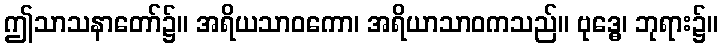
ဤသာသနာတော်၌။ အရိယသာဝကော၊ အရိယာသာဝကသည်။ ဗုဒ္ဓေ၊ ဘုရား၌။